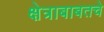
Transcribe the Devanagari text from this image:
क्षेत्राबाबतचे